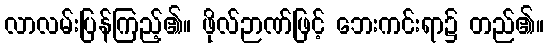
လာလမ်းပြန်ကြည့်၏။ ဖိုလ်ဉာဏ်ဖြင့် ဘေးကင်းရာ၌ တည်၏။